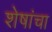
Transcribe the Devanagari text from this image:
शेषांचा